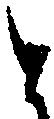
と